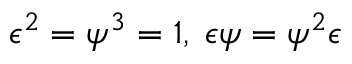
\epsilon ^ { 2 } = \psi ^ { 3 } = 1 , \; \epsilon \psi = \psi ^ { 2 } \epsilon